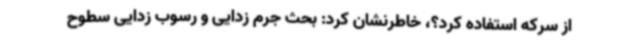
از سرکه استفاده کرد؟، خاطرنشان کرد: بحث جرم زدایی و رسوب زدایی سطوح